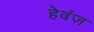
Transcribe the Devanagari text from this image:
हेवंज़